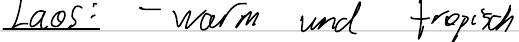
Laos: - warm und tropisch